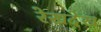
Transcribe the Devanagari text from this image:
रेखदेख